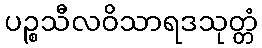
ပဉ္စသီလဝိသာရဒသုတ္တံ